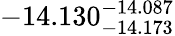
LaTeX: -14.130_{-14.173}^{-14.087}